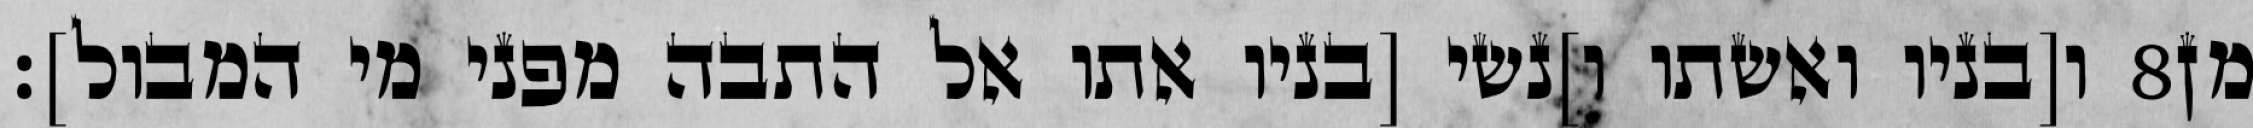
ו[בניו ואשתו ו]נשי [בניו אתו אל התבה מפני מי המבול]׃ ‎8‏ מן